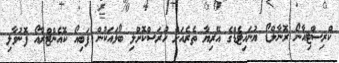
ކްރިސްޓިއާނޯ ރޮނާލްޑޯ ޔުނައިޓެޑްގެ އޭރިޔާ ތެރެއަށް ހުރަސްކޮށްލި ބޯޅައަކުން ފަބިއޯ ކޮއެންޓްރާއޯ ފޮނުވާލި